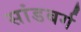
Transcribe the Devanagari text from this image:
सांडबर्ग